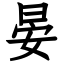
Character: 晏